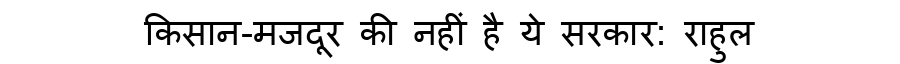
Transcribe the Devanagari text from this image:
किसान-मजदूर की नहीं है ये सरकार: राहुल